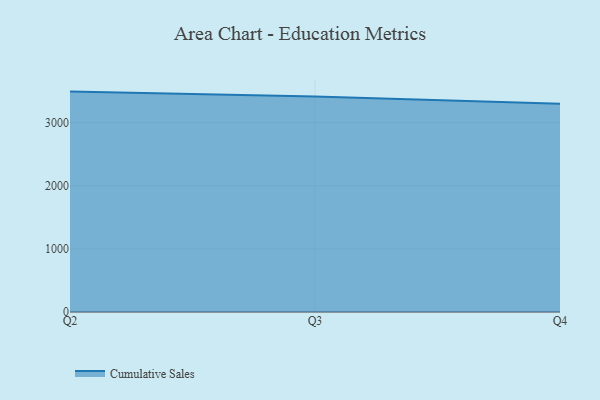
{"axis": {"x": "Quarter", "y": "Page Views"}, "legend": ["Cumulative Sales"], "data": [{"x": "Q2", "y": 3490.8, "type": "Cumulative Sales"}, {"x": "Q3", "y": 3413.6, "type": "Cumulative Sales"}, {"x": "Q4", "y": 3299.2, "type": "Cumulative Sales"}]}